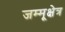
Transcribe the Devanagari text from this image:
जम्मूक्षेत्र